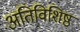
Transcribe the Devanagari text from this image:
अतिविशिष्ठ